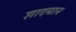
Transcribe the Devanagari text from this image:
शादमान